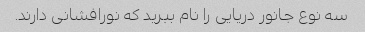
سه نوع جانور دریایی را نام ببرید که نورافشانی دارند.